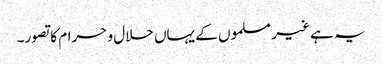
یہ ہے غیر مسلموں کے یہاں حلال و حرام کا تصور۔